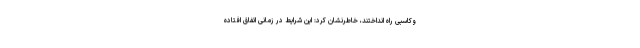
وکاسبی راه انداختند، خاطرنشان کرد: این شرایط در زمانی اتفاق افتاده